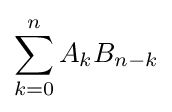
\sum _{k=0}^{n}A_{k}B_{n-k}